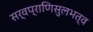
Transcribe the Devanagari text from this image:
सर्वप्राणिसुलभत्व